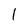
Character: l